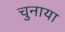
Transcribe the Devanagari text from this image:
चुनाया